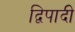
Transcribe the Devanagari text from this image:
द्विपादी